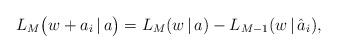
LaTeX: \begin{align*}L_M\bigl(w+a_i\,|\,a\bigr) = L_{M}(w\,|\,a) -L_{M-1}(w\,|\,\hat{a}_i),\end{align*}